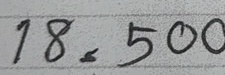
18 = 500